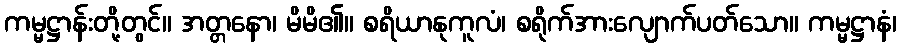
ကမ္မဋ္ဌာန်းတို့တွင်။ အတ္တနော၊ မိမိ၏။ စရိယာနုကူလံ၊ စရိုက်အားလျောက်ပတ်သော။ ကမ္မဋ္ဌာနံ၊